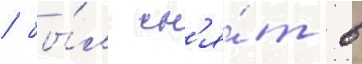
/ бы́л сн'я́т в